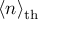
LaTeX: \langle n \rangle _ { \mathrm { t h } }